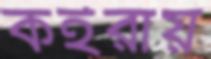
কইরায়